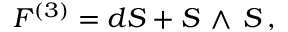
F ^ { ( 3 ) } = d S + S \, \wedge \, S \, ,